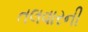
તલવારની